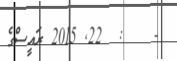
-    :  22